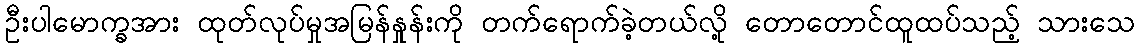
ဦးပါမောက္ခအား ထုတ်လုပ်မှုအမြန်နှုန်းကို တက်ရောက်ခဲ့တယ်လို့ တောတောင်ထူထပ်သည့် သားသေ